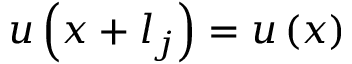
\boldsymbol { u } \left( \boldsymbol { x } + \boldsymbol { l } _ { j } \right) = \boldsymbol { u } \left( \boldsymbol { x } \right)